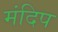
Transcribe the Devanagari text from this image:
मंदिप